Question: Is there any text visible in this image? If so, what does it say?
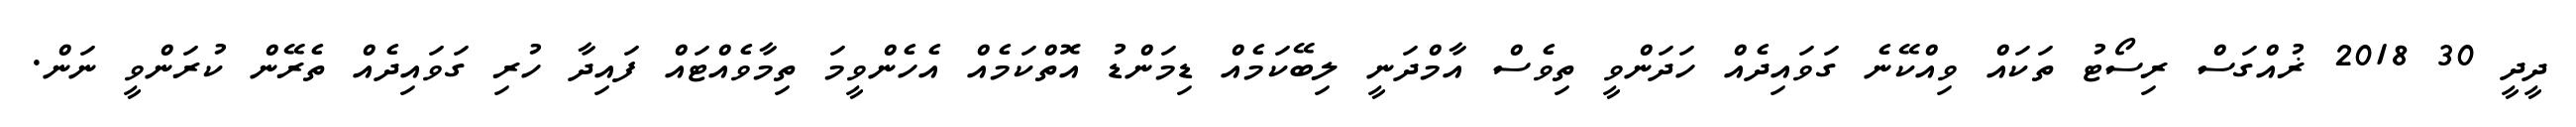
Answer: ދީދީ 30 2018 ޜުއްގަސް ރިސޯޓު ތަކައް ވިއްކޭނެ ގަވައިދެއް ހަދަންވީ ތިވެސް އާމްދަނީ ލިބޭކަމެއް ޑިމަންޑު އޮތްކަމެއް އެހެންވީމަ ތިމާވެއްޓައް ފައިދާ ހުރި ގަވައިދެއް ތެރޭން ކުރަންވީ ނަން.